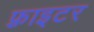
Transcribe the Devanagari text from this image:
फ़्राइटर